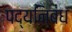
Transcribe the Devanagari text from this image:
पद्यनिबंध